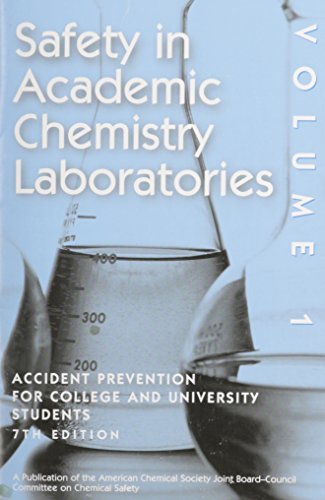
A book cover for Safety in Academic Chemistry Laboratories - Volume 1: Accident Prevention for College and University Students; American Chemical Society; Science & Math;